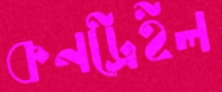
কনট্রেইল